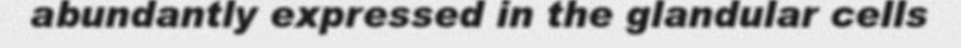
abundantly expressed in the glandular cells